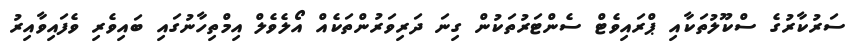
ސަރުކާރުގެ ސްކޫލުތަކާއި ޕްރައިވެޓް ސެންޓަރުތަކުން ގިނަ ދަރިވަރުންތަކެއް އޯލެވެލް އިމްތިހާނުގައި ބައިވެރި ވެފައިވާއިރު